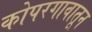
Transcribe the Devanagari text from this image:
कोपरगावातून